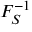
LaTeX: F _ { S } ^ { - 1 }